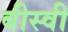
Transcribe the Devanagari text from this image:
बीस्वी